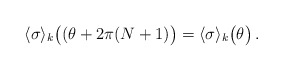
\begin{align*}\langle\sigma\rangle_{k}\bigl((\theta + 2\pi (N+1)\bigr) = \langle\sigma\rangle_{k}\bigl( \theta\bigr)\, .\end{align*}